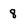
Character: 8